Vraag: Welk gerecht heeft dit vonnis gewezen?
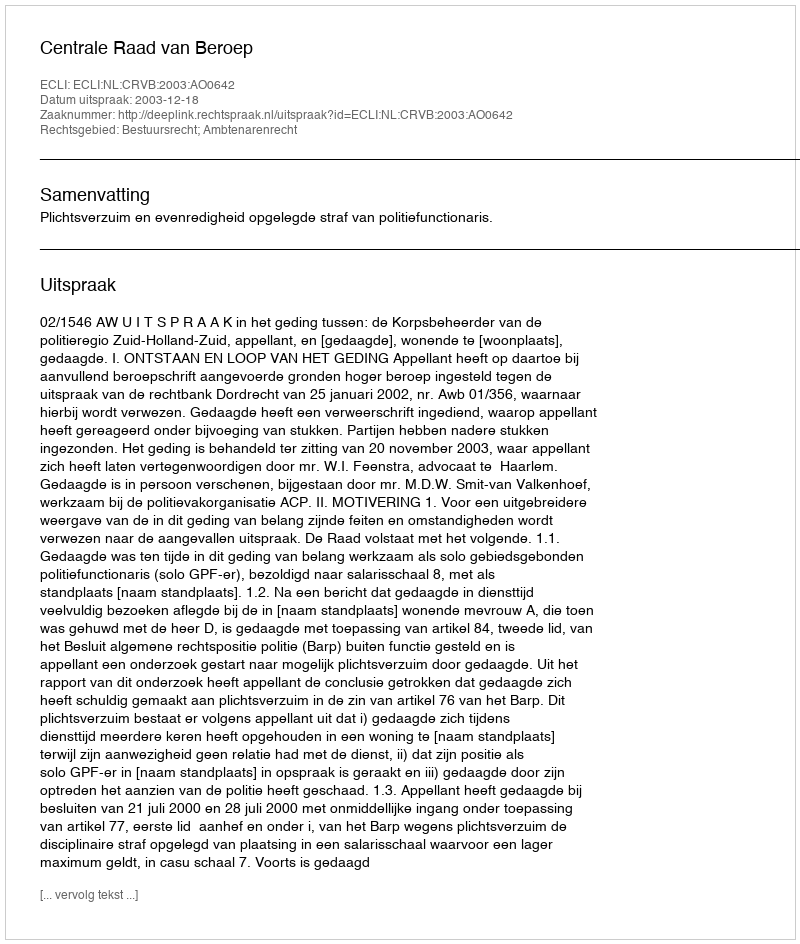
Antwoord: Centrale Raad van Beroep